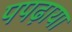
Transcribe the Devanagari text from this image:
पपढ़ाया